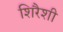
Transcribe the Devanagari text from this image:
शिरैशी